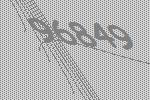
96849